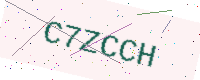
Text: C7ZCCH